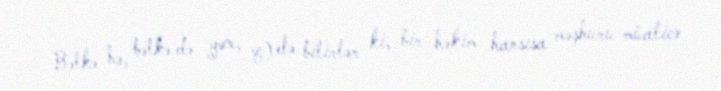
Bəlkə hə, bəlkə də yox, 8) elə bilirlər ki, bir həkim hansısa məşhuru müalicə